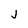
Character: J